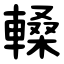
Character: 䡦